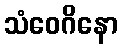
သံဝေဂိနော